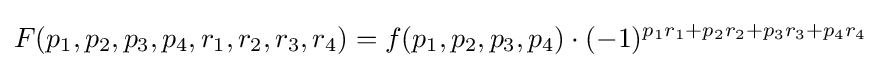
F(p_{1},p_{2},p_{3},p_{4},r_{1},r_{2},r_{3},r_{4})=f(p_{1},p_{2},p_{3},p_{4})\cdot (-1)^{p_{1}r_{1}+p_{2}r_{2}+p_{3}r_{3}+p_{4}r_{4}}